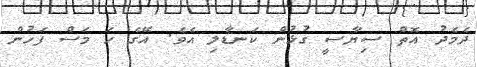
ދެމެދު އޮތް ސިޔާސީ ގުޅުން ކަނޑާލި އެވެ. އޭގެ ހަ މަސް ފަހުން